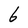
Character: 6